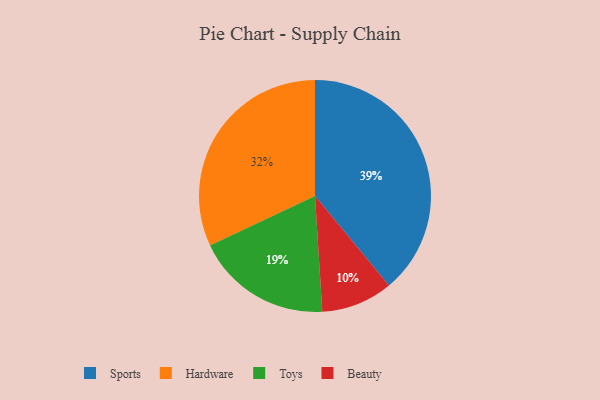
{"axis": {"x": "Category", "y": "Percentage"}, "legend": ["Beauty", "Hardware", "Sports", "Toys"], "data": [{"x": "Hardware", "y": 32, "type": "Hardware"}, {"x": "Sports", "y": 39, "type": "Sports"}, {"x": "Beauty", "y": 10, "type": "Beauty"}, {"x": "Toys", "y": 19, "type": "Toys"}]}